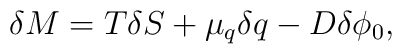
\delta M=T\delta S+\mu_{q}\delta q - D\delta\phi_{0},